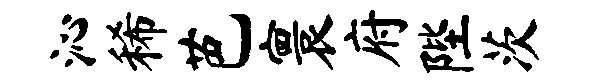
沁稀芭寰府陛茨